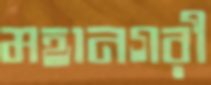
মহানগরী